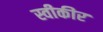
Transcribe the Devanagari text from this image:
स्वीकीर